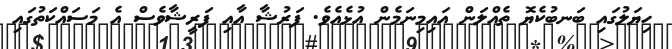
ހިޔަލުގައި ބަނބުކެޔޮ ތެއްލަން އައިމިނަމެން އުޅެއެވެ. ފަރުޝާ އާއި ފަރީޝާވެސް އެ މަސައްކަތުގައި